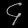
Digit: ၄